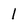
Character: 1